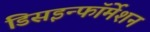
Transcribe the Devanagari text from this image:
डिसइन्फॉर्मेशन